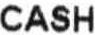
CASH